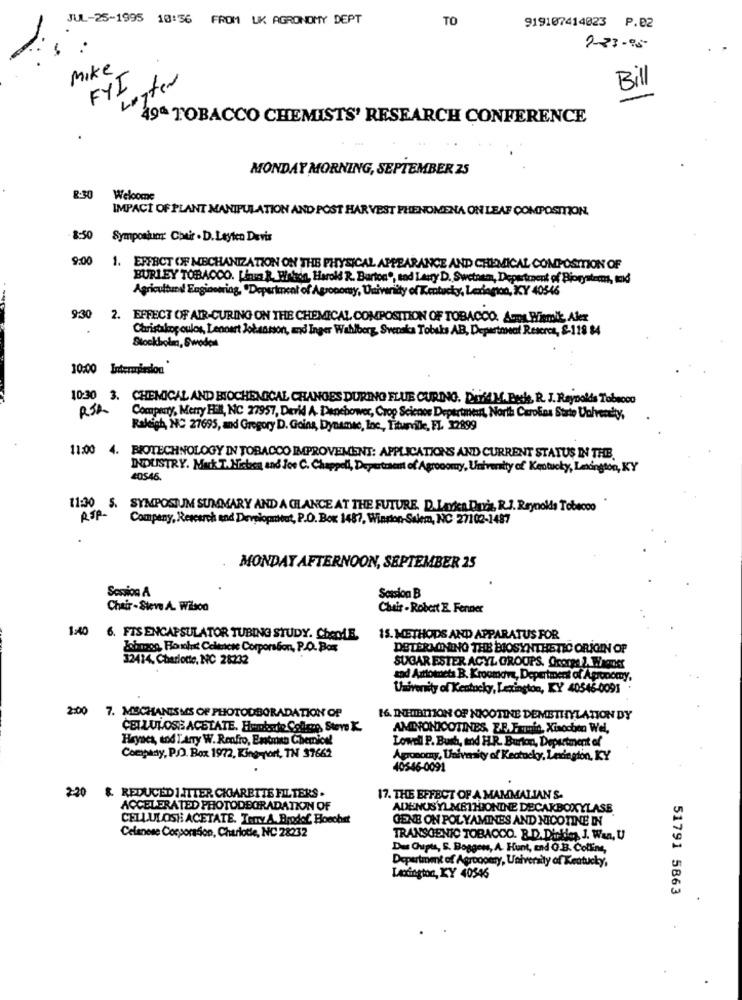
JUL-25-1995 10:56 FROM UK AGRONOMY DEPT
TO
919107414023 P.02
2-23-95
Mike
FYI
Lugter
Bill
49ª TOBACCO CHEMISTS' RESEARCH CONFERENCE
MONDAY MORNING, SEPTEMBER 25
R-30
Welcome
IMPACT OF PLANT MANIPULATION AND POST HARVEST PHENOMENA ON LEAF COMPOSITION,
8:50 Symposium Cheir . D. Leyien Devis
9:00
1. ERFACT OF MECHANIZATION ON THE PHYSICAL APPEARANCE AND CHEMICAL COMPOSITION OF
BURLEY TOBACCO. Linia R. Hinten, Harold R. Burton", and Larry D. Swetnem, Department of Biorystems, mod
Agriculbund Enginoming, "Department of Agronomy, Univerity of Kentucky, Ledagton, KY 40546
9:30 2. EFFECT OF AIR-CURING ON THE CHEMICAL COMPOSITION OF TOBACCO. Aus Piemike, Alex
Christakop oulos, Lennart Johansson, and Inger Wahlberg, Svenska Tobaks AB, Department Rescres, S-118 84
Stockholm, Sweden
10:00 Intermission"
10:30 3. CHEMICAL AND BIOCHEMICAL CHANGES DURING FLUE CURING. D'if4 M. Buck, R. J. Reynolds Tobacco
RSA
Company, Merry Hil, NC 27957, David A. Denebower, Crop Science Department, North Carolina State University,
Raleigh, NC 27695, and Gregory D. Goins, Dynamic, Inc, Titurville, FL 12899
11:00 4. BIOTECHNOLOGY IN TOBACCO IMPROVEMENT: APPLICATIONS AND CURRENT STATUS IN THE
INDUSTRY. Mack T. Nicboca and Joe C. Chappell, Department of Agronomy, University of Kentucky, Lexington, KY
40546.
11:30 5. SYMPOSIUM SUMMARY AND A GLANCE AT THE FUTURE. D.Lavica Duzi, R.J. Reynolds Tobacco
RSP-
Company, Research and Development, P.O. Box 1487, Winrion-Salem, NC 27102-1487
MONDAY AFTERNOON, SEPTEMBER 25
Session A
Scasion B
Chair -Steve A. Wilson
Chair - Robert E. Fenner
1:40 6. FIS ENCAPSULATOR TUBING STUDY. CheDdB.
15. METHODS AND APPARATUS FOR
Johnog, Howhit Colkacke Corporation, P.O. Box
DETERMINING THE BIOSYNTHETIC ORIGIN OF
32414. Charlotte, NC 28232
SUGAR ESTER ACYL GROUPS. @corps 2, Wagner
and Anttomneta B. Kroomdva, Department of Agronomy,
Univerity of Kentucky, Lexington, KY 40546-0091
2:00 7. MECHANISMS OF PHOTOUBORADATION OF
16. INHIBITION OF NICOTINE DEMETHYLATION DY
CELLULOSS ACETATE. Hunbato Colmo, Steve K
AMIDONICOTINES. E.R. Frimit, Xinocben Wel,
Haynes, tod Tarry W. Renfro, Entmen Chenice!
Lowell P. Bush, and H.R. Burton, Department of
Company, P.O. Box 1972, King-port, TN 37662
Agronomy, University of Kentucky, Lexington, KY
40346-0091
2:20 & REDUCED IJTTER CIMARETTE FILTERS .
17. THE EFFECT OF A MAMMALIAN'S-
ACCELERATED PHOTODEGRADATION OF
ADENUSYLMETHIONINE DECARBOXYLASE
CELLULOSH ACETATE. InmyA. Brodof Bloechet
GENE ON POLYAMINES AND NICOTINE IN
Celanese Corporation, Charlotte, NC 28232
TRANSGENIC TOBACCO. B.D.Dickies, J. Wan, U
Das Gupta, S. Boggens, A. Hunt, and O.B. Collins,
Department of Agroopery, University of Kentucky,
Lexington, KY 40546
51791 5863